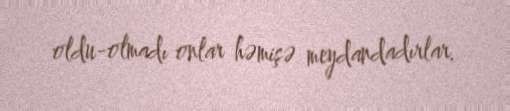
oldu-olmadı onlar həmişə meydandadırlar.